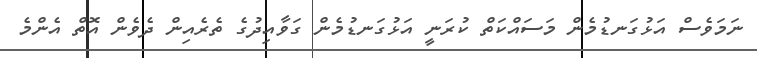
ނަމަވެސް އަޅުގަނޑުމެން މަސައްކަތް ކުރަނީ އަޅުގަނޑުމެން ގަވާއިދުގެ ތެރެއިން ދެވެން އޮތް އެންމެ